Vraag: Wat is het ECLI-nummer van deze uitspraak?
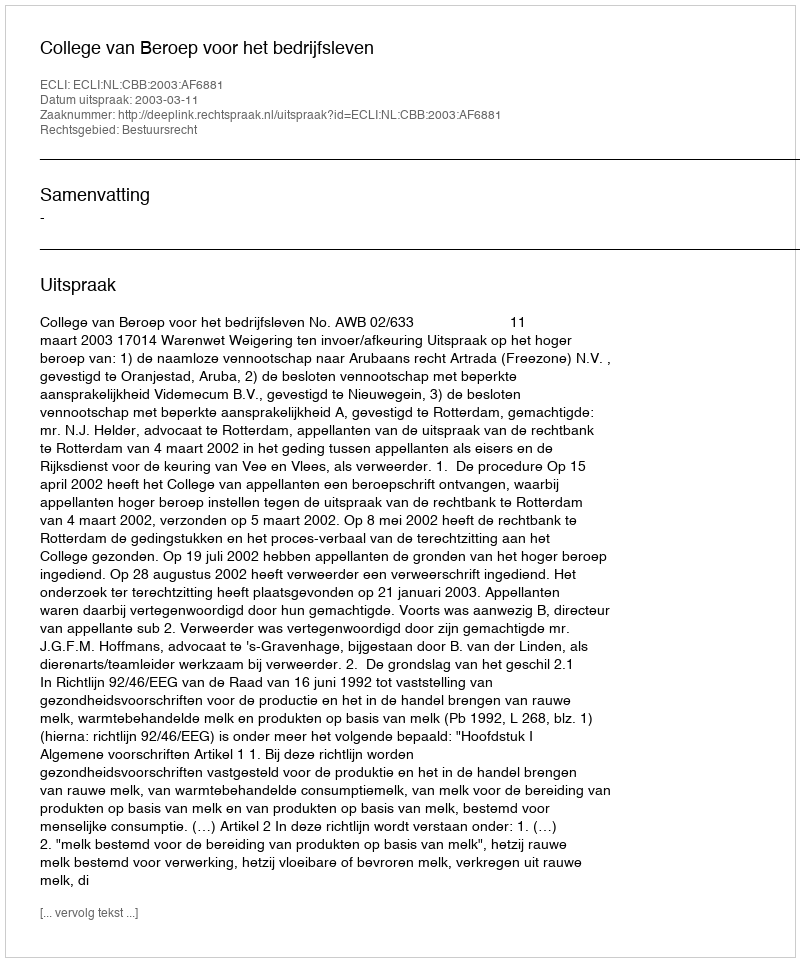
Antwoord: ECLI:NL:CBB:2003:AF6881